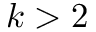
k > 2